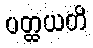
ပတ္ထယတိ